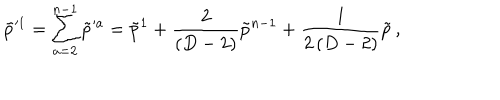
LaTeX: \tilde { p } ^ { \prime 1 } = \sum _ { a = 2 } ^ { n - 1 } \tilde { p } ^ { \prime a } = \tilde { p } ^ { 1 } + { \frac { 2 } { ( D - 2 ) } } \tilde { p } ^ { n - 1 } + { \frac { l } { 2 \, ( D - 2 ) } } \tilde { p } \, ,